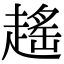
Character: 𧽎